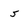
Character: s